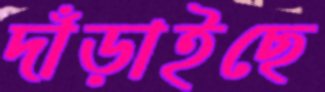
দাঁড়াইছে